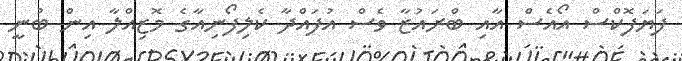
ފަޔަފޮކްސް އޯއެސް އާއި ބްރައުޒާ ވެސް އުފައްދާ ކެލިފޯނިއާގެ މޮޒިއްލާ އިން ބުނީ